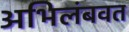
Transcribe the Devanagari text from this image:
अभिलंबवत